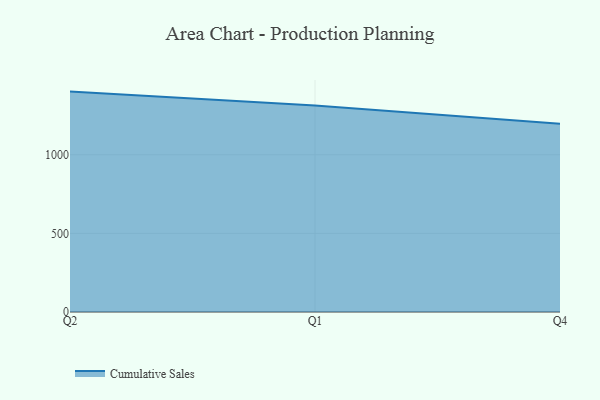
{"axis": {"x": "Quarter", "y": "Revenue (USD Million)"}, "legend": ["Cumulative Sales"], "data": [{"x": "Q2", "y": 1401.7, "type": "Cumulative Sales"}, {"x": "Q1", "y": 1314.0, "type": "Cumulative Sales"}, {"x": "Q4", "y": 1197.3, "type": "Cumulative Sales"}]}